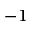
^ { - 1 }